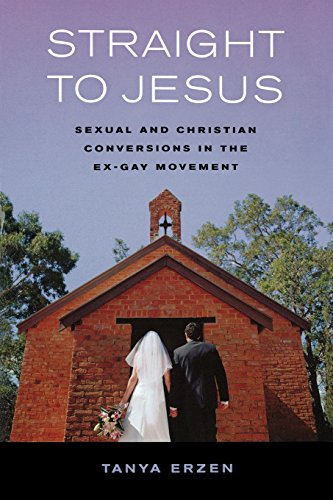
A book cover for Straight to Jesus: Sexual and Christian Conversions in the Ex-Gay Movement; Tanya Erzen; Gay & Lesbian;